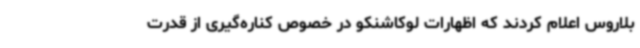
بلاروس اعلام کردند که اظهارات لوکاشنکو در خصوص کناره‌گیری از قدرت